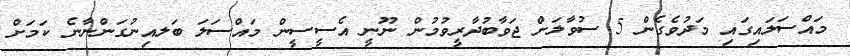
މައްސަލައިގައި މަދުވެގެން 5 ސުވާލަށް ޖަވާބުދާރީވުމުން ނޫނީ އެސީސީން މައްސަލަ ބަލއިނުގަންނާނެ ކަމަށް